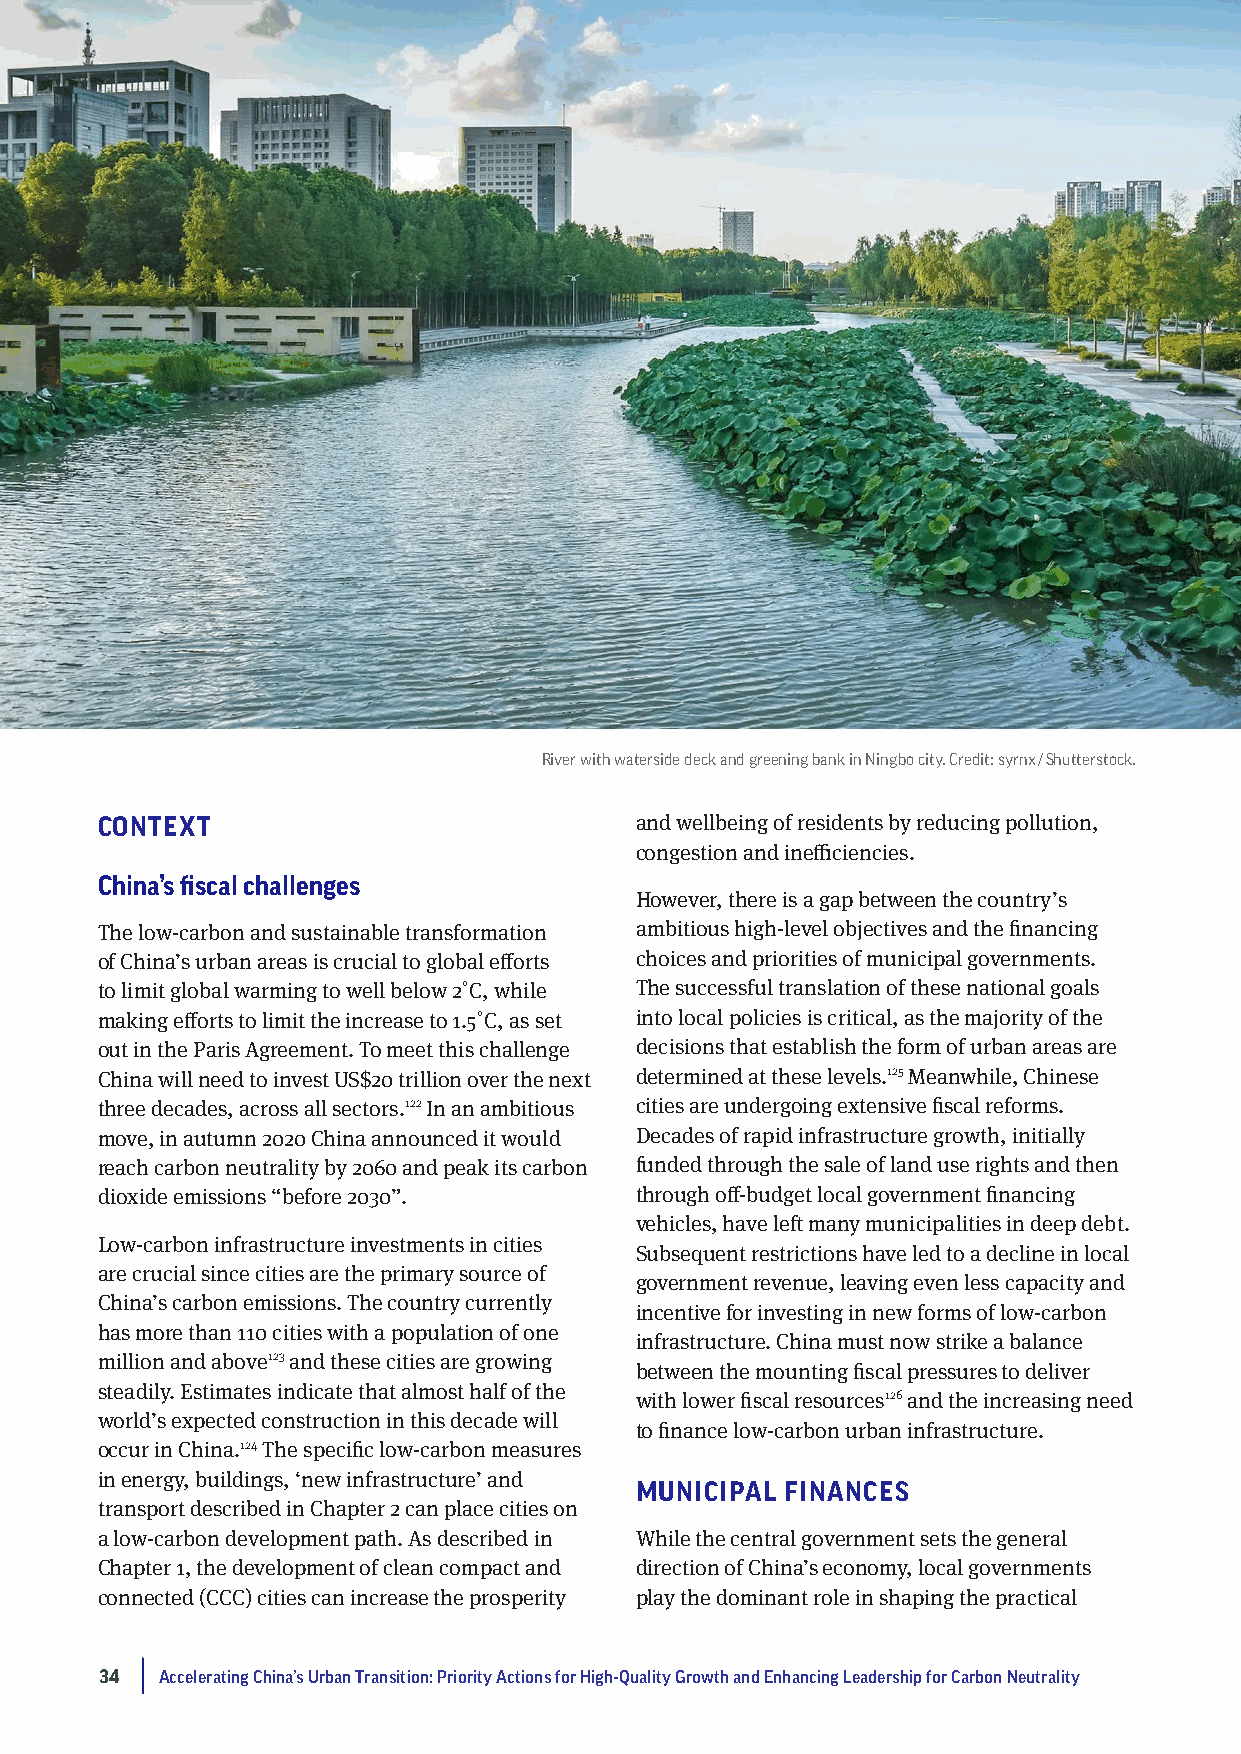
River with waterside deck and greening bank in Ningbo city. Credit: syrnx / Shutterstock.
 CONTEXT                             and wellbeing of residents by reducing pollution,
 congestion and inefficiencies.
 China’s fiscal challenges
 However, there is a gap between the country’s
 The low-carbon and sustainable transformation ambitious high-level objectives and the financing
 of China’s urban areas is crucial to global efforts choices and priorities of municipal governments.
 to limit global warming to well below 2˚C, while The successful translation of these national goals
 making efforts to limit the increase to 1.5˚C, as set into local policies is critical, as the majority of the
 out in the Paris Agreement. To meet this challenge decisions that establish the form of urban areas are
 China will need to invest US$20 trillion over the next determined at these levels.125 Meanwhile, Chinese
 three decades, across all sectors.122 In an ambitious cities are undergoing extensive fiscal reforms.
 move, in autumn 2020 China announced it would Decades of rapid infrastructure growth, initially
 reach carbon neutrality by 2060 and peak its carbon funded through the sale of land use rights and then
 dioxide emissions “before 2030”.    through off-budget local government financing
 vehicles, have left many municipalities in deep debt.
 Low-carbon infrastructure investments in cities
 Subsequent restrictions have led to a decline in local
 are crucial since cities are the primary source of
 government revenue, leaving even less capacity and
 China’s carbon emissions. The country currently
 incentive for investing in new forms of low-carbon
 has more than 110 cities with a population of one
 infrastructure. China must now strike a balance
 million and above123 and these cities are growing
 between the mounting fiscal pressures to deliver
 steadily. Estimates indicate that almost half of the
 with lower fiscal resources126 and the increasing need
 world’s expected construction in this decade will
 to finance low-carbon urban infrastructure.
 occur in China.124 The specific low-carbon measures
 in energy, buildings, ‘new infrastructure’ and
 MUNICIPAL FINANCES
 transport described in Chapter 2 can place cities on
 a low-carbon development path. As described in While the central government sets the general
 Chapter 1, the development of clean compact and direction of China’s economy, local governments
 connected (CCC) cities can increase the prosperity play the dominant role in shaping the practical
 34  Accelerating China’s Urban Transition: Priority Actions for High-Quality Growth and Enhancing Leadership for Carbon Neutrality